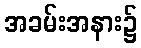
အခမ်းအနား၌